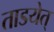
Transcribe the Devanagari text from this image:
ताडयेत्